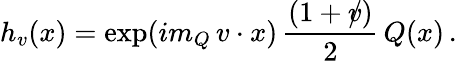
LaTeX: h_{v}(x)=\exp(im_{Q}\, v\cdot x)\, {\frac{(1+\rlap/v)}{2}}\, Q(x)\, .